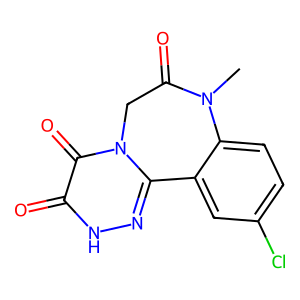
SMILES: CN1C(=O)Cn2c(n[nH]c(=O)c2=O)-c2cc(Cl)ccc21
Inhibits HIV replication: No